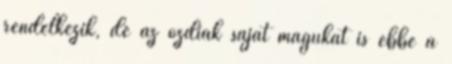
rendelkezik, de az ózdiak saját magukat is ebbe a